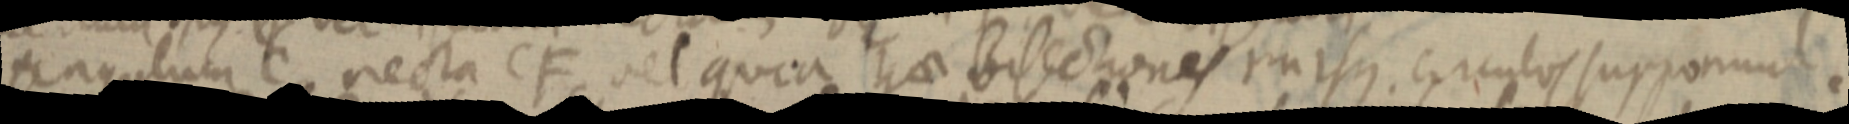
angulum C recta CF, vel quea hae bisectiones rursus. circulos supponunt